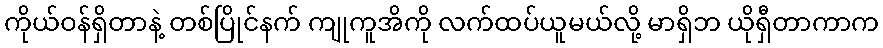
ကိုယ်ဝန်ရှိတာနဲ့ တစ်ပြိုင်နက် ကျုကူအိကို လက်ထပ်ယူမယ်လို့ မာရှိဘ ယိုရှီတာကာက